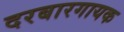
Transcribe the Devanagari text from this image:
दरबारगायक